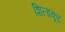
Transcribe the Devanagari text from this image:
शिलाकूट